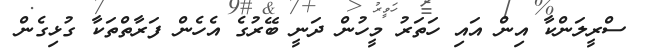
ސްރީލަންކާ އިން އައި ހަތަރު މީހުން ދަނީ ބޭރުގެ އެހެން ފަރާތްތަކާ ގުޅިގެން